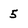
Character: 5